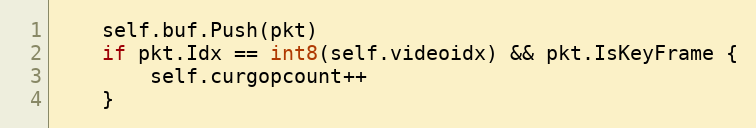
Language: Go
	self.buf.Push(pkt)
	if pkt.Idx == int8(self.videoidx) && pkt.IsKeyFrame {
		self.curgopcount++
	}